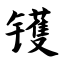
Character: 镬